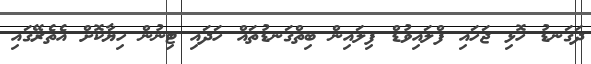
ދަގަނޑު ހޮޅި ޖަހައި ފްލައިވުޑް ފިލައިން ބިތްގަނޑުތައް ހަދައި ޓިނުން ހިޔާކޮށް އެތެރޭގައި